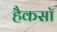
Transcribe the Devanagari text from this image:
हैकसॉ